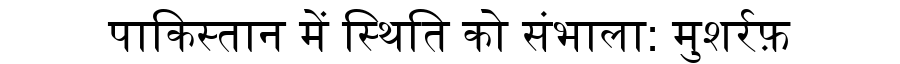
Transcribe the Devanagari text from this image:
पाकिस्तान में स्थिति को संभाला: मुशर्रफ़